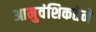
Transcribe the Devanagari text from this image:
आनुवंशिकतेने